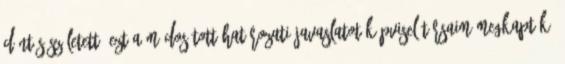
döntés született. Ezt a módosított határozati javaslatot képviselőtársaim megkapták.